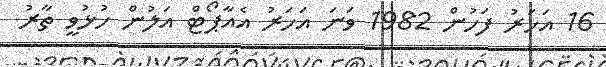
16 އަހަރު ފަހުން 1982 ވަނަ އަހަރު އެއާޕޯޓް އަލުން ހުޅުވީ ތާރު